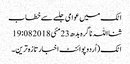
اٹک میں عوامی جلسے سے خطاب
ثنااللہ ناگرہ بدھ 23 مئی 2018 19:08
اٹک (اُردوپوائنٹ اخبارتازہ ترین۔